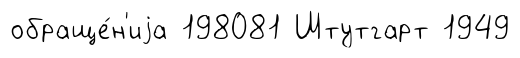
обраще́н'иjа 198081 Штутгарт 1949